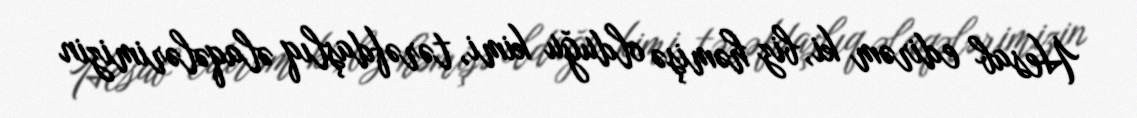
Hesab edirəm ki, biz həmişə olduğu kimi, tərəfdaşlıq əlaqələrimizin